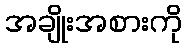
အချိုးအစားကို